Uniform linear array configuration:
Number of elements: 12
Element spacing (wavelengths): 0.75
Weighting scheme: blackman
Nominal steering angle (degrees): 60
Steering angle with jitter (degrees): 60.833
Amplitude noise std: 0.05
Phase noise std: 0.05

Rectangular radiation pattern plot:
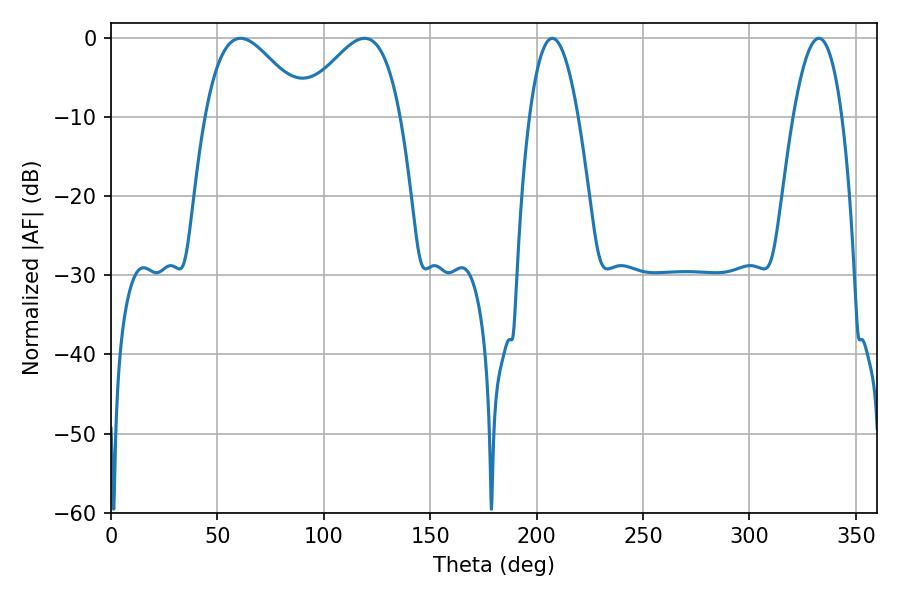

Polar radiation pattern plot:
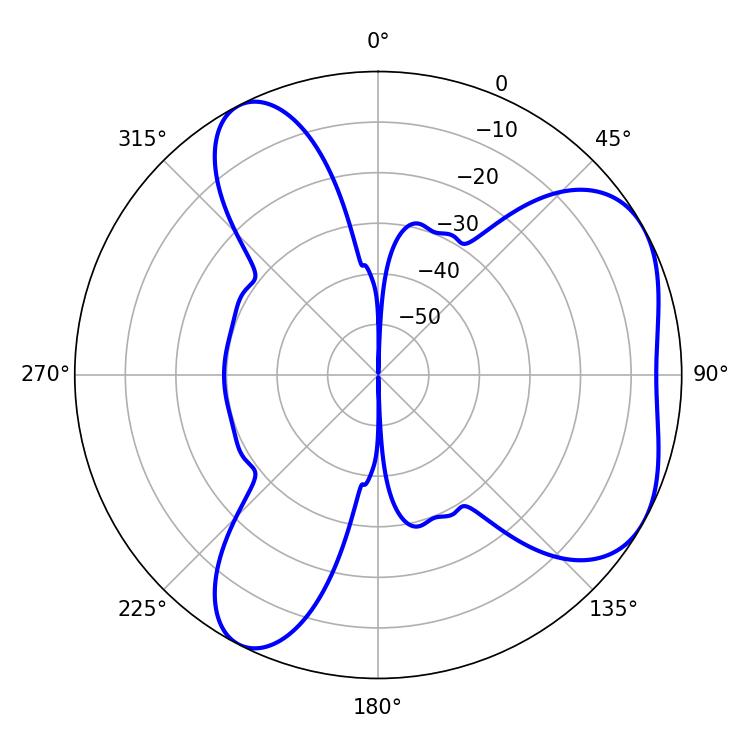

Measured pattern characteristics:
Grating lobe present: TRUE
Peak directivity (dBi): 4.952
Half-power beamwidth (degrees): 12.6
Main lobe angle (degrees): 207.36